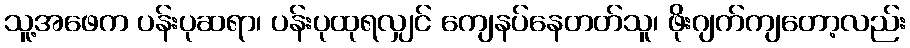
သူ့အဖေက ပန်းပုဆရာ၊ ပန်းပုထုရလျှင် ကျေနပ်နေတတ်သူ၊ ဖိုးဂျက်ကျတော့လည်း